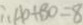
\therefore A O + B O = 8